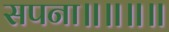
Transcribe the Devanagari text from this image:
सपना॥॥॥॥